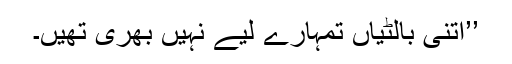
’’اتنی بالٹیاں تمہارے لیے نہیں بھری تھیں۔